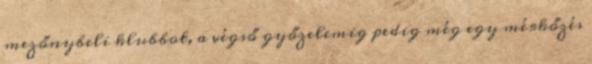
mezőnybeli klubbot, a végső győzelemig pedig még egy mérkőzés